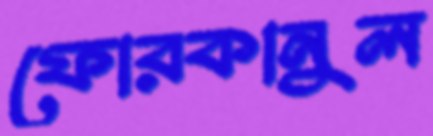
ফোরকানুল